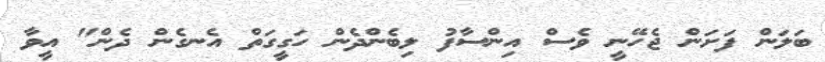
ބަލަން ފަށަން ޖެހޭނީ ވެސް އިންސާފު ލިބެންދެން ހަގީގަތް އެނގެން ދެން" އީވާ